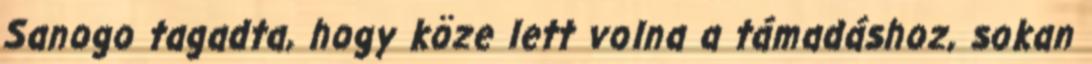
Sanogo tagadta, hogy köze lett volna a támadáshoz, sokan